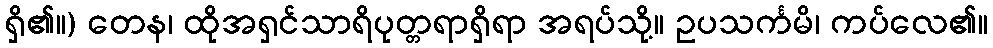
ရှိ၏။) တေန၊ ထိုအရှင်သာရိပုတ္တရာရှိရာ အရပ်သို့။ ဥပသင်္ကမိ၊ ကပ်လေ၏။